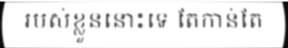
របស់ខ្លួននោះទេ តែកាន់តែ